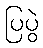
ပြပွဲ